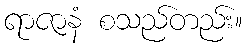
ရာဇာနံ စသည်တည်း။